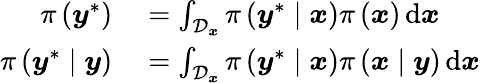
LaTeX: \begin{array}{rl}{\pi\left(\boldsymbol{y}^{\ast}\right)}&{{}=\int_{\mathcal{D}_{\boldsymbol{x}}}\pi\left(\boldsymbol{y}^{\ast}\mid\boldsymbol{x}\right)\pi\left(\boldsymbol{x}\right)\, \mathrm{d}\boldsymbol{x}}\\ {\pi\left(\boldsymbol{y}^{\ast}\mid\boldsymbol{y}\right)}&{{}=\int_{\mathcal{D}_{\boldsymbol{x}}}\pi\left(\boldsymbol{y}^{\ast}\mid\boldsymbol{x}\right)\pi\left(\boldsymbol{x}\mid\boldsymbol{y}\right)\, \mathrm{d}\boldsymbol{x}}\end{array}